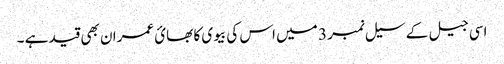
اسی جیل کے سیل نمبر 3 میں اس کی بیوی کا بھائ عمران بھی قید ہے ۔